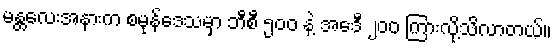
မန္တလေးအနားက စမုန်ဒေသမှာ ဘီစီ ၅ဝဝ နဲ့ အေဒီ ၂ဝဝ ကြားလို့သိလာတယ်။